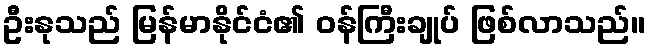
ဦးနုသည် မြန်မာနိုင်ငံ၏ ဝန်ကြီးချုပ် ဖြစ်လာသည်။